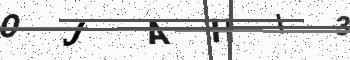
Text: OJAHI3